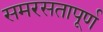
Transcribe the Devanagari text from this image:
समरसतापूर्ण